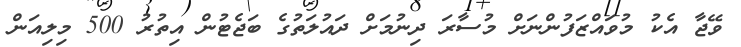
ވޭޖާ އެކު މުވައްޒަފުންނަށް މުސާރަ ދިނުމަށް ދައުލަތުގެ ބަޖެޓުން އިތުރު 500 މިލިއަން